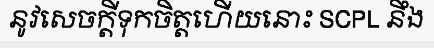
នូវសេចក្តីទុកចិត្តហើយនោះ SCPL នឹង